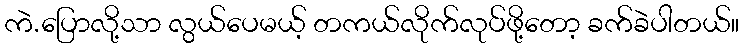
ကဲ.ပြောလို့သာ လွယ်ပေမယ့် တကယ်လိုက်လုပ်ဖို့တော့ ခက်ခဲပါတယ်။